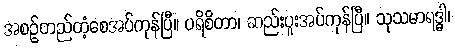
အစဉ်တည်တံ့စေအပ်ကုန်ပြီ။ ပရိစိတာ၊ ဆည်းပူးအပ်ကုန်ပြီ။ သုသမာရဒ္ဓါ၊